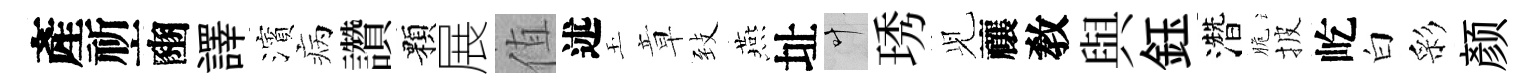
產祈豳譯濱病讚顆展值述玉章𦤺燕址叶琇𫤗禳敎與鈺濳脆披屹白彩颜